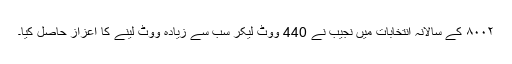
۸۰۰۲ کے سالانہ انتخابات میں نجیب نے 440 ووٹ لیکر سب سے زیادہ ووٹ لینے کا اعزاز حاصل کیا۔